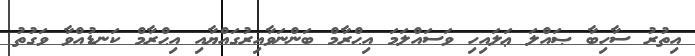
އިތުރު ސާހިބާ ޞައްލަ ޢަލައިހި ވަސައްލަމަ އިޙްރާމް ބަންނަވާއިރުގައްޔާއި އިޙްރާމް ކަނޑުއްވާ ވަގުތު